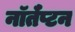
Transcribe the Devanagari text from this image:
नॉर्तँप्टन